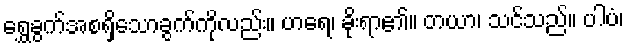
ရွှေခွက်အစရှိသောခွက်ကိုလည်း။ ဟရေ၊ ခိုးရာ၏။ တယာ၊ သင်သည်။ ပါပံ၊